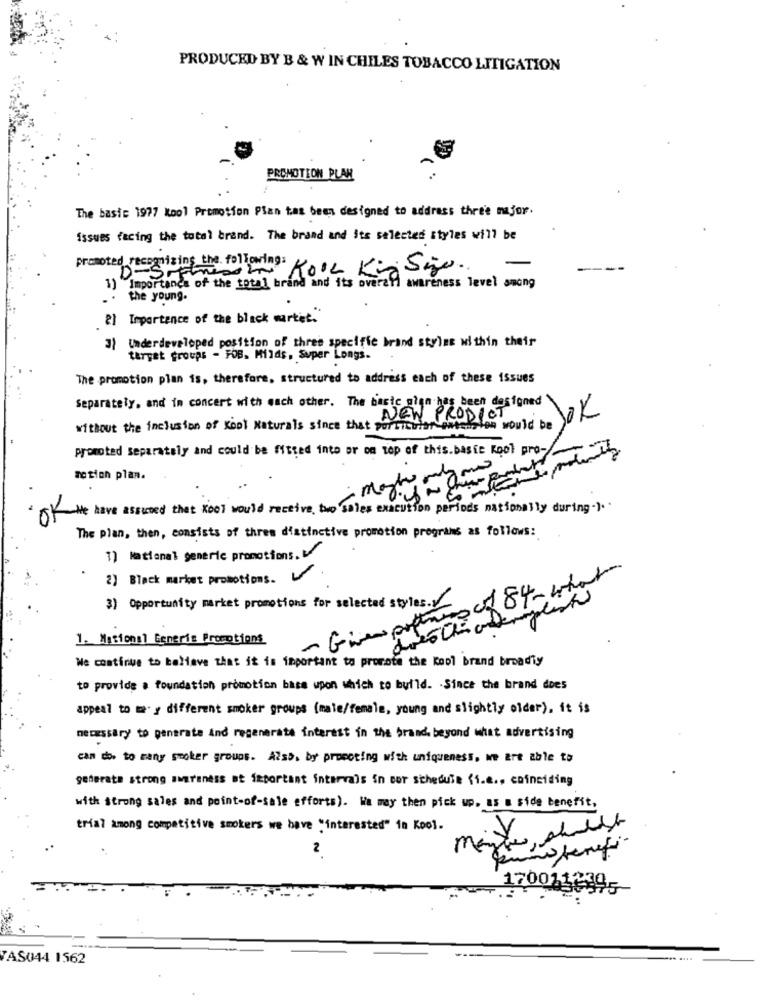
PRODUCED BY B & W IN CHILES TOBACCO LITIGATION
PROMOTION PLAN
The basic 1977 Kool Promotion Plan tas been designed to address three major.
issues facing the total brand. The brand and Its selected styles will be
promoted recognizing the following:
D-S-Fresch Roll Ki
Importance of the total brand and its overall awareness level among
. . the young.
2] Importance of the black market."
3) Underdeveloped position of three specific brand strine within their
target groups - FOB. Milds, Super Longs.
The promotion plan is, therefore, structured to address each of these issues
Separately, and in concert with each other. The basic glen has been designed\
without the inclusion of Kool Naturals since that portisuter entelefon would be of
NEW PRODUCT
promoted separately and could be fitted into or on top of this.basse kool pro-
motion plan.
of We have assumed that Kool would receive, two sales execution periods nationally during-).
The plan, then, consists of three distinctive promotion programs as follows:
1) National generic promotions.V
2) Black market promotions. V
- Giver portuno cf 84- what
3) Opportunity market promotions for selected styles.
1. Masional Generis Promotions
We continue to believe that it is important to promote the Kool brand broadly
to provide a foundation promotion base upon which to build. - Since the brand does
appeal to my different smoker groups (male/female, young and slightly older), it is
necessary to generate and regenerate interest in the brand beyond what advertising
can dos to many smoker groups. Also, by promoting with uniqueness, we are able to
generata strong awareness at important intervals in ser schedule (i.e ., coinciding
with strong sales and point-of-sale efforts). Wa may then pick up. as & side benefit,
trial among competitive smokers we have "interested" in Kool.
mante , shish
170011230
TAS044 1562